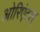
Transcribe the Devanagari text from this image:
ओरिएंटल्